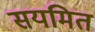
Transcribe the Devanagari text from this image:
सयमित